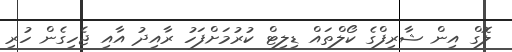
ލޮގް އިން ޝާރިފްގެ ކޯލްތައް ޑިލިޓް ކުރުމަށްފަހު ރާއިދު އާއި ޖެހިގެން ހުރި